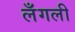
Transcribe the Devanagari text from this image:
लँगली